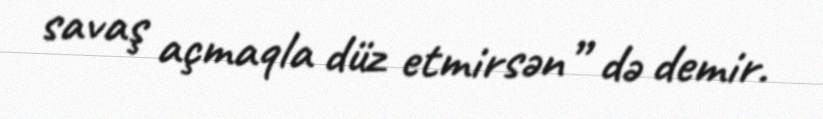
savaş açmaqla düz etmirsən” də demir.